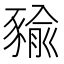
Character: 𧱬